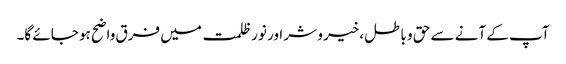
آپ کے آنے سے حق و باطل،خیر و شر اور نور ظلمت میں فرق واضح ہو جائے گا۔